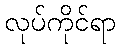
လုပ်ကိုင်ရာ